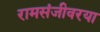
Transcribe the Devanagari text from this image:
रामसंजीवरया